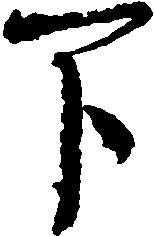
下